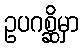
ဥပဂစ္ဆိမှာ